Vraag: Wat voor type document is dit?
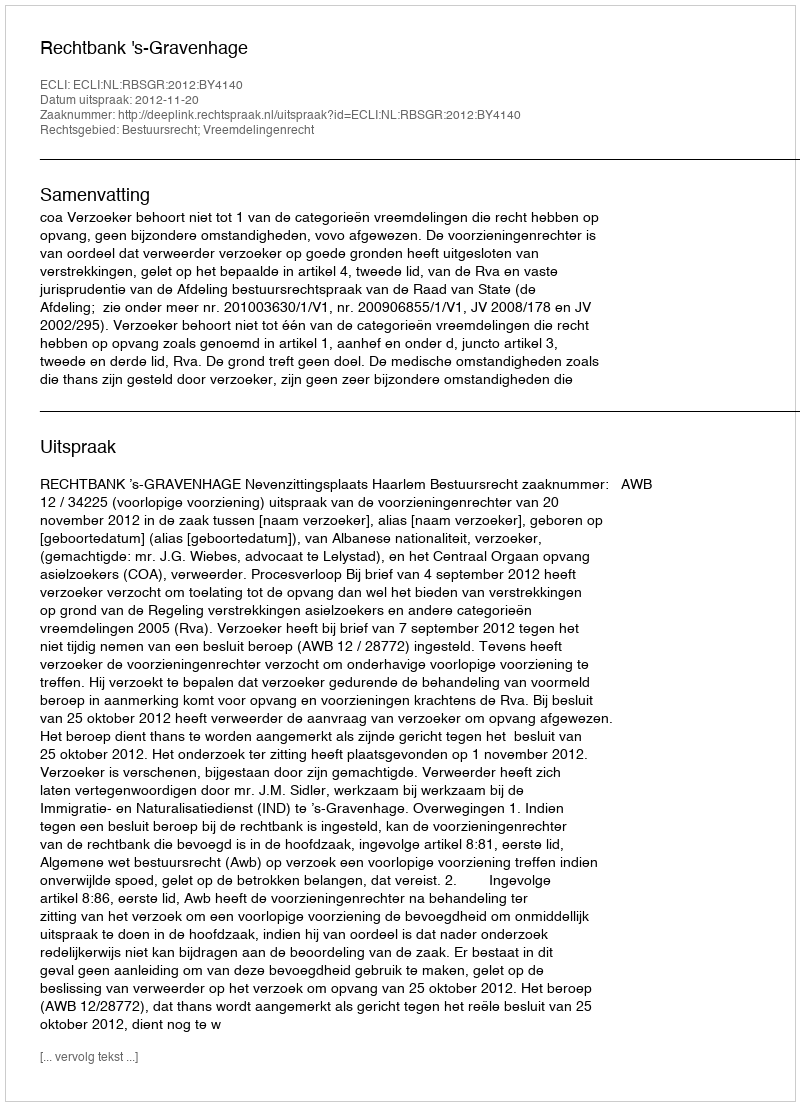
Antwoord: Uitspraak